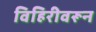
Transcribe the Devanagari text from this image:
विहिरीवरून